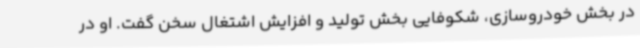
در بخش خودروسازی، شکوفایی بخش تولید و افزایش اشتغال سخن گفت. او در